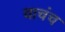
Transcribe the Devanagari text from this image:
याचंच